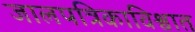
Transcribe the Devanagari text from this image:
जालपत्रिकाविश्वात